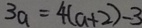
3 a = 4 ( a + 2 ) - 3